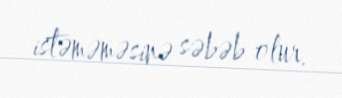
istəməməsinə səbəb olur.